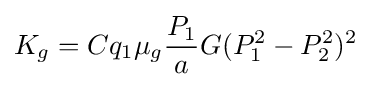
K_{g}=Cq_{1}\mu _{g}{\frac {P_{1}}{a}}G(P_{1}^{2}-P_{2}^{2})^{2}